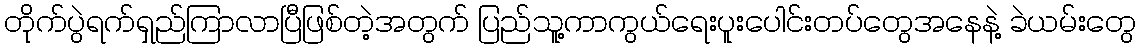
တိုက်ပွဲရက်ရှည်ကြာလာပြီဖြစ်တဲ့အတွက် ပြည်သူ့ကာကွယ်ရေးပူးပေါင်းတပ်တွေအနေနဲ့ ခဲယမ်းတွေ